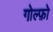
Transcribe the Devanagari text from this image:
गोल्फ़ो